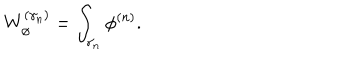
W _ { \phi } ^ { ( \gamma _ { n } ) } = \int _ { \gamma _ { n } } \phi ^ { ( n ) } .